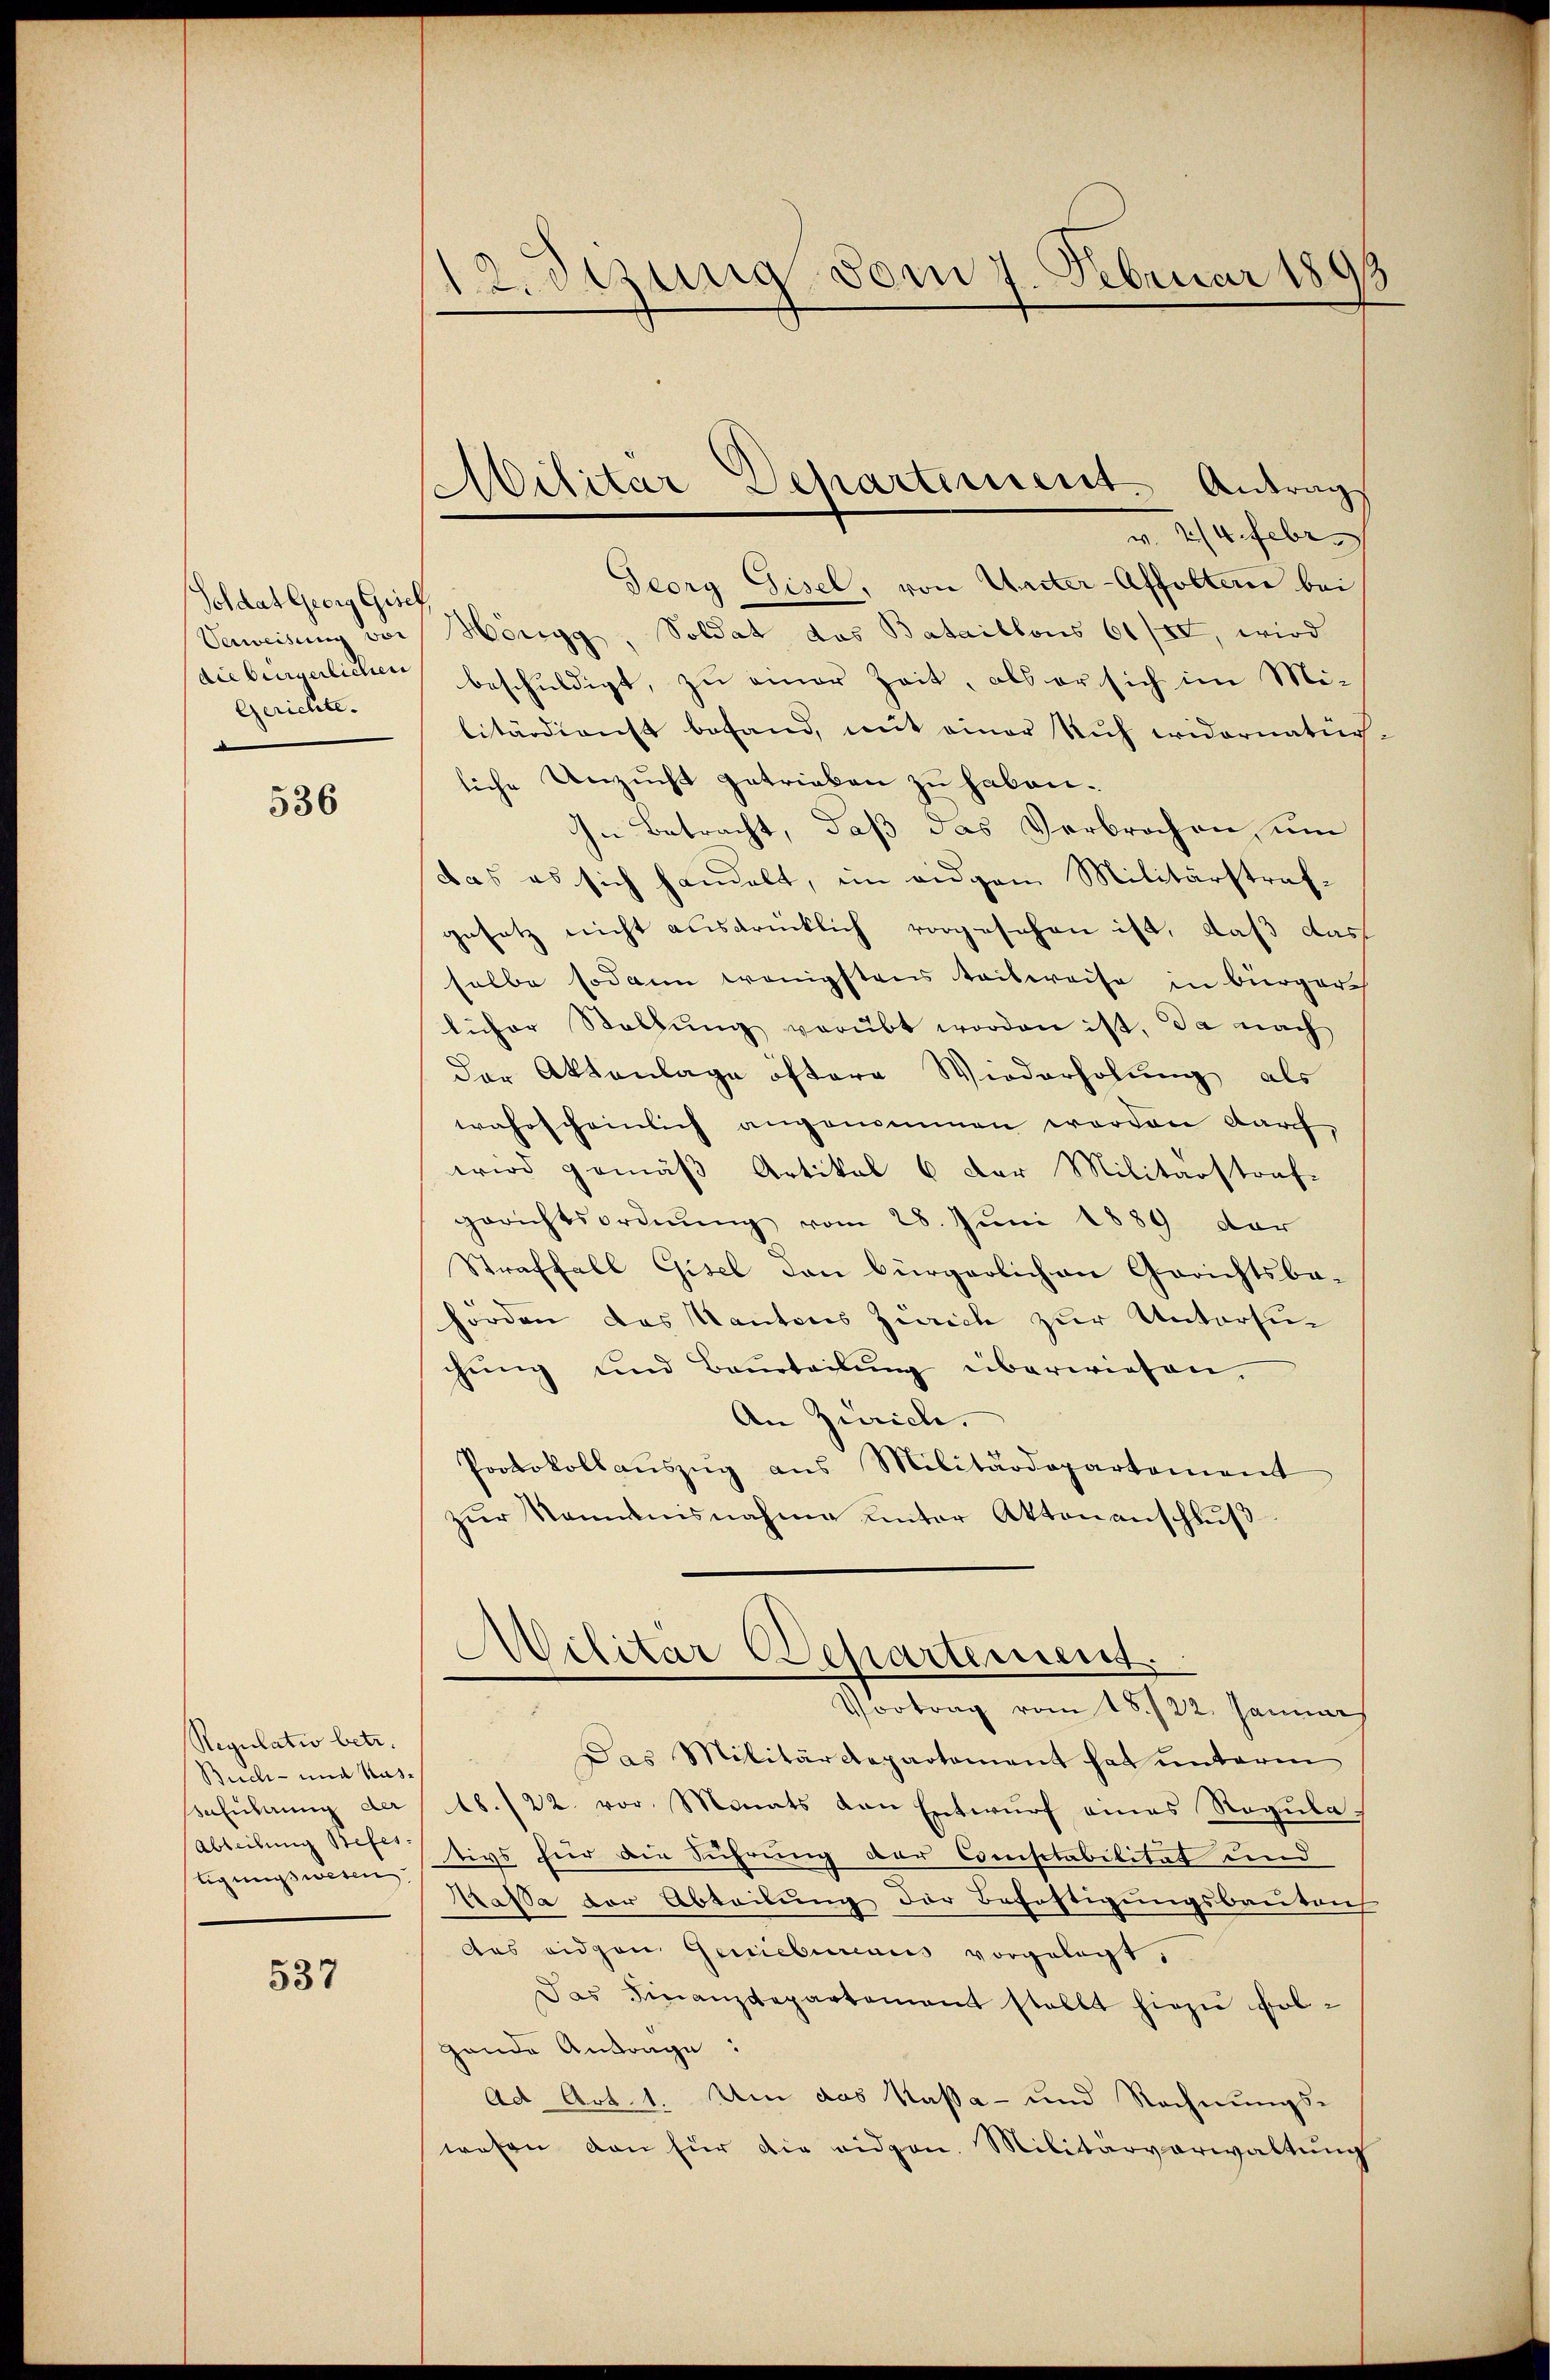
Soldat Georg Gisel,
die bürgerlichen
Gerichte.

536

Regulatio betr.
Buch- und Kas¬
Veführung der
Abteilung Befes.
tigungswesen

537

12. Dezung vom 7. Februar 1893

24. Febr
Georg Gisel, von Unter-Affoltern bei
Verweisung ver Höngg, Soldat das Bataillons 61/I, wird
beschuldigt, zu einer Zeit, als er sich im Mi-
litärdienst befand, mit einer Kuh widernatür-
liche Unzucht getrieben zu haben.
In Betracht, daß das Verbrochen, um
das es sich handelt, im eidgen Militärstrafgesetz nicht ausdrücklich vorgesehen ist, daß das
salbe sodann wenigstens teilweise in Bürgerlicher Stellŭng verübt worden ist, da nach
der Aktenlage öftere Wiederholung als
wahrscheinlich angenommen worden darf,
wird gemäß Artikal 6 der Militärstraf-
gerichtsordnung vom 28. Juni 1889 dar
Straffall Gisel den bürgerlichen Gerichtsbehörden das Kantons Zürich zur Untersuchŭng und Beurteilŭng überwiesen.
An Zürich.
Protokollaŭszŭg ans Militärdepartement
zŭr Nominisnahme unter Aktenanschluß
Militar Departement.
Vortrag vom 18./22. Januar
Das Militärdepartement hat ŭnterm
18./22. vor. Monats den Entwurf eines Regulativs für die Führung der Comisitabilität und
Kassa der Abteilung der Beföstigungsbaukauf
das eidgen. Geniebureaus vorgelegt,
Das Finanzdepartement stellt hiezu volgande Antrage:
Ad Art. 1. Um das Kassa- und Rechnungs-
wesen von für die eidgen. Militärverwaltung

Militar Departement. Antrags